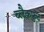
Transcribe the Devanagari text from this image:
ब्लैकफुट